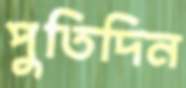
পুতিদিন